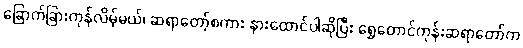
ခြောက်ခြားကုန်လိမ့်မယ်၊ ဆရာတော့်စကား နားထောင်ပါဆိုပြီး ရွှေတောင်ကုန်းဆရာတော်က